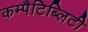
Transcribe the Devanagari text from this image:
कम्पैटिब्लिटी